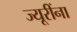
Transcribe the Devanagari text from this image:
ज्यूरींना